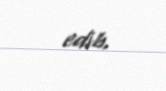
edib.